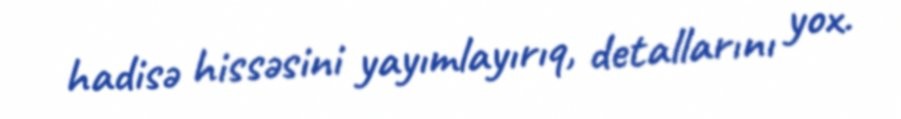
hadisə hissəsini yayımlayırıq, detallarını yox.